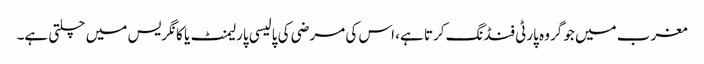
مغرب میں جو گروہ پارٹی فنڈنگ کرتا ہے، اس کی مرضی کی پالیسی پارلیمنٹ یا کانگریس میں چلتی ہے۔